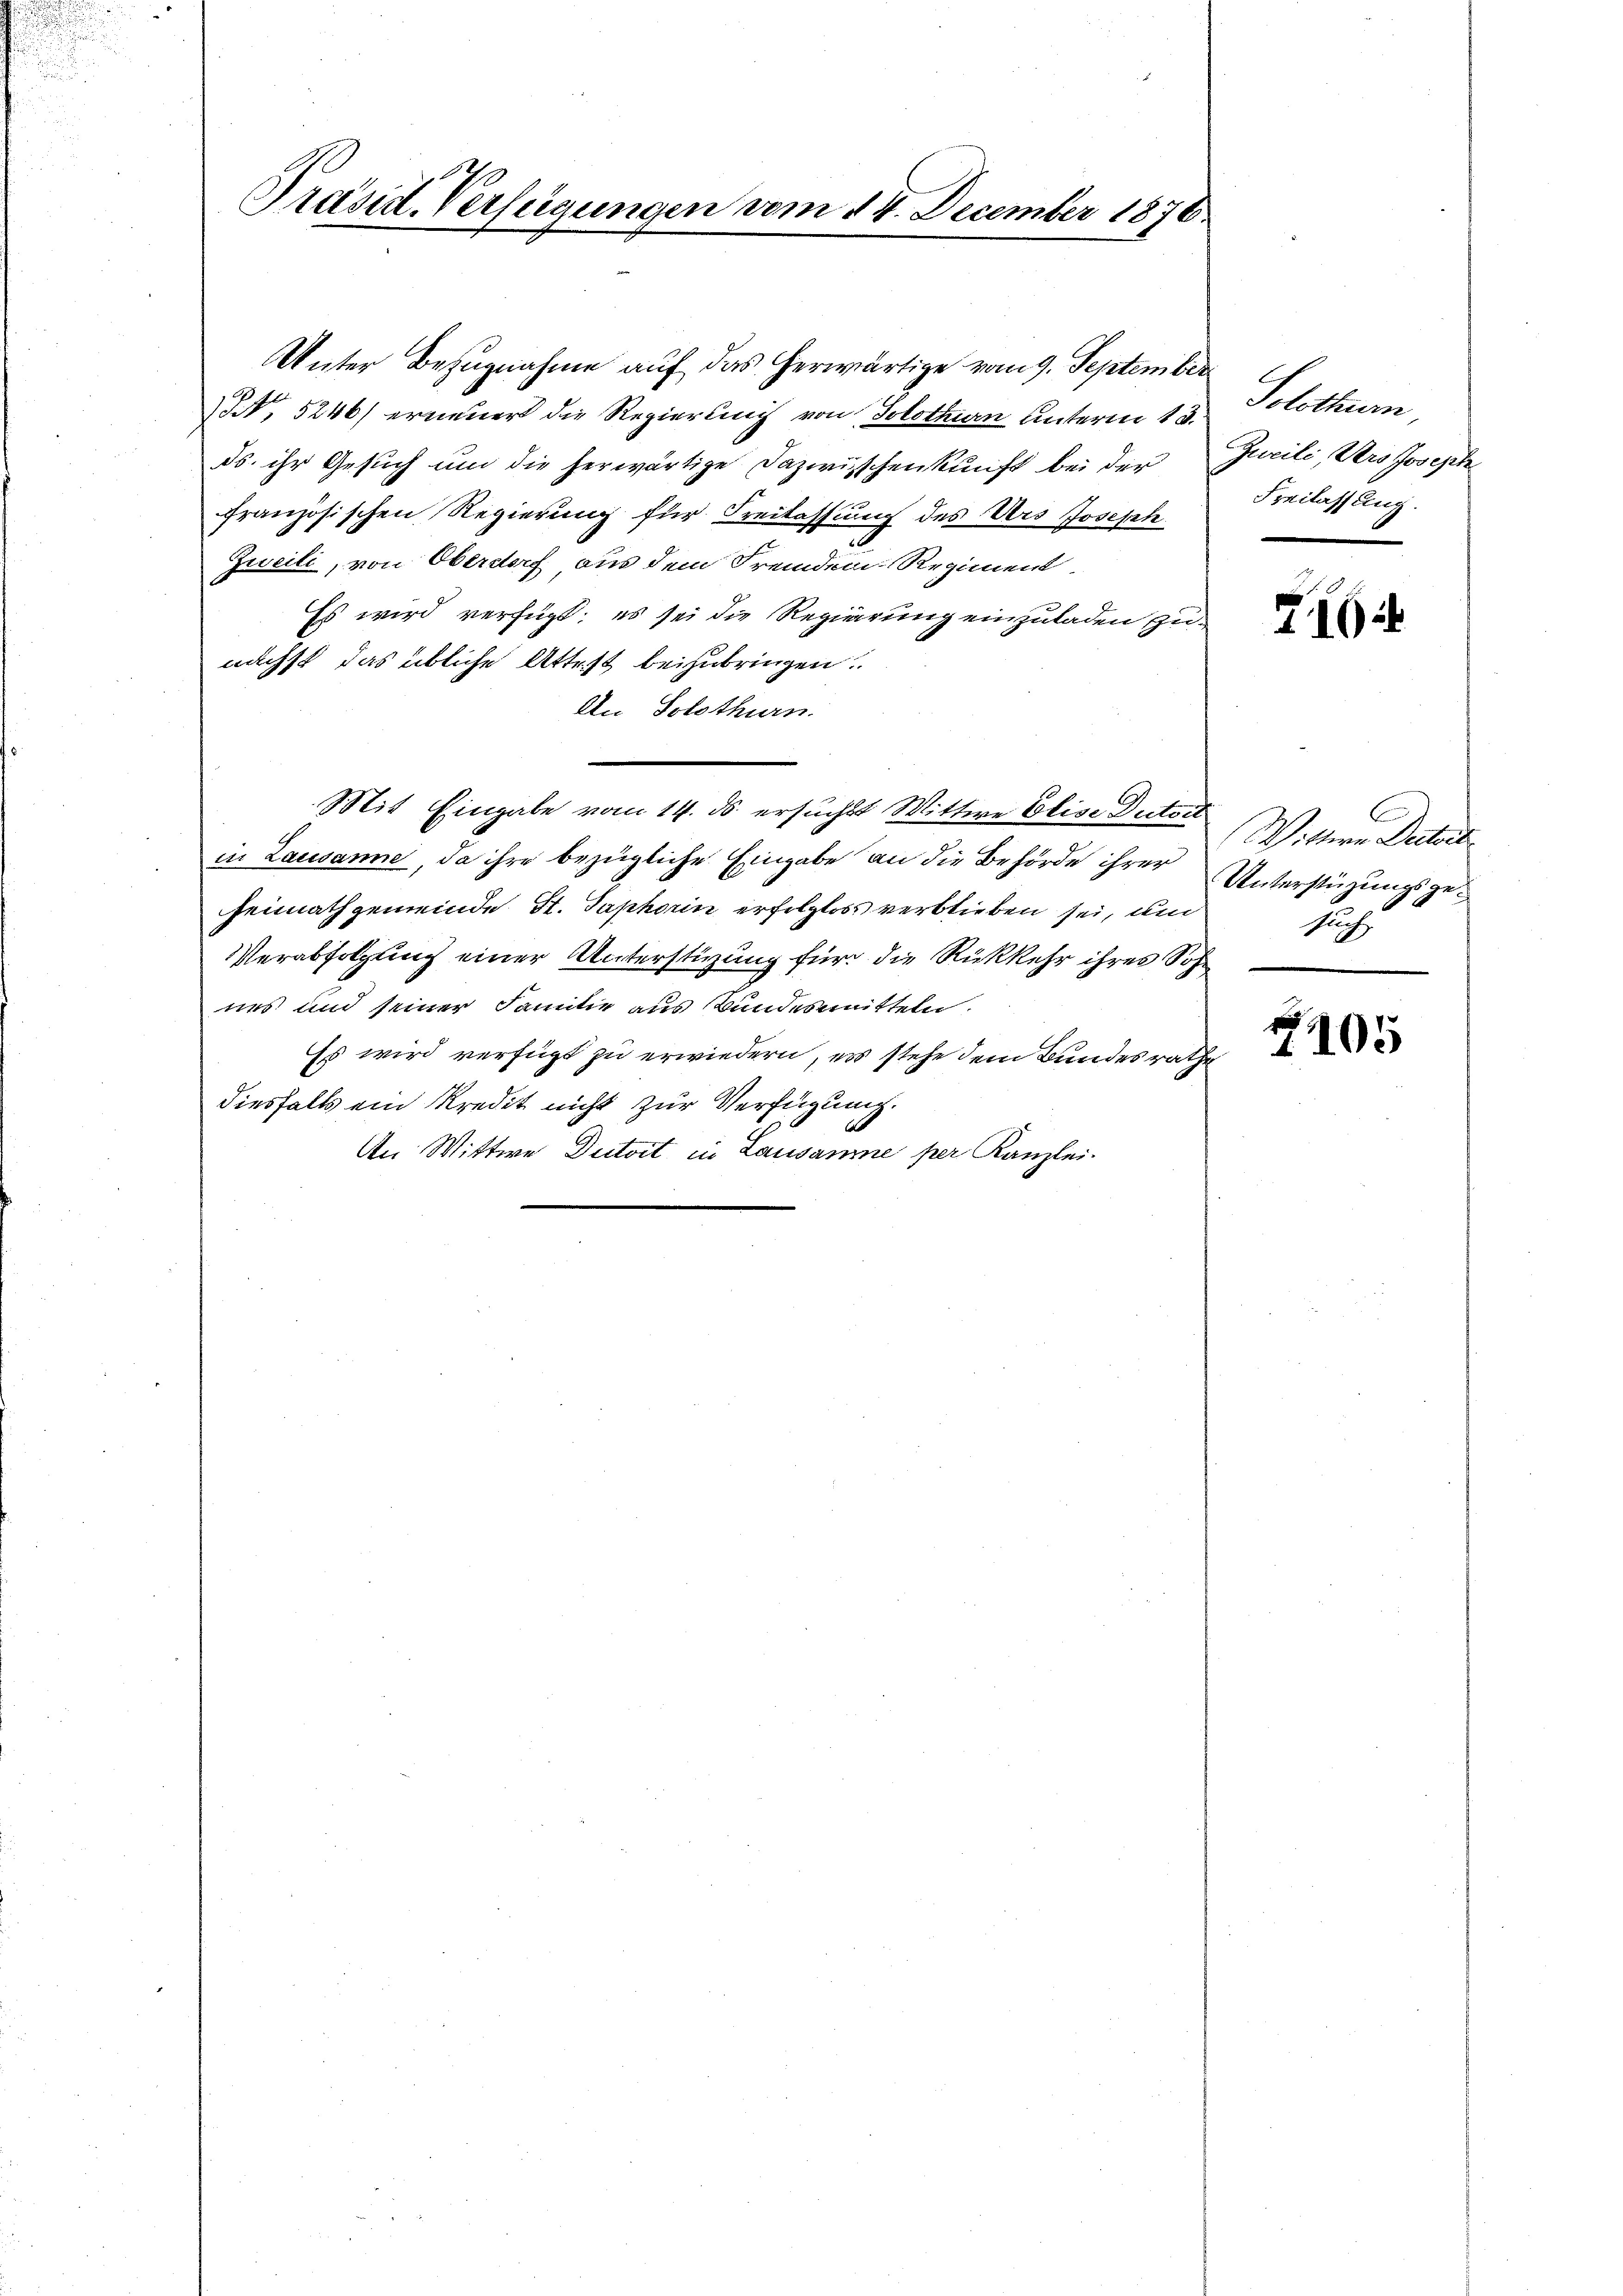
Präsid. Verfügungen vom 14. December 1876.

Unter Bezugnahme auf das herwärtige vom 9. September
N 5246) erneuert die Regierung von Solothurn unterm 13.
ds. ihr Gesuch um die herwärtige Dazwischenkunft bei der Jurili, Vers Joseph
französischen Regierung für Freilassung des Urs Joseph
Zweili, von Oberdorf aus dem Fremden Regiment
Es wird verfügt; es sei die Regierung einzuladen zunächst das übliche Attest beizubringen.
An Solothurn.
Mit Eingabe vom 14. ds. ersuchst Wittwe Elise Dutoit
in Lausanne, da ihre bezügliche Eingabe an die Behörde ihrer Unterstüzungsge¬
Heimathgemeinde St. Saphorin erfolgloss verblieben sei, un
Verabfolgung einer Unterstüzung für die Rückkehr ihres Sohn
nes und seiner Familie aus Bundesmitteln.
Es wird verfügt zu erwiedern, es stehe dem Bundesrathe
diesfalls ein Kredit nicht zur Verfügung.
An Wittwe Dutoit in Lausanne per Kanzlei-

Solothur,
Freilassung.

716

C
Wittwe Dectort
Fach

2105